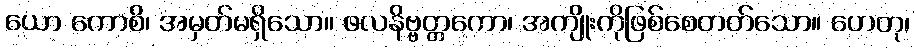
ယော ကောစိ၊ အမှတ်မရှိသော။ ဖလနိဗ္ဗတ္တကော၊ အကျိုးကိုဖြစ်စေတတ်သော။ ဟေတု၊